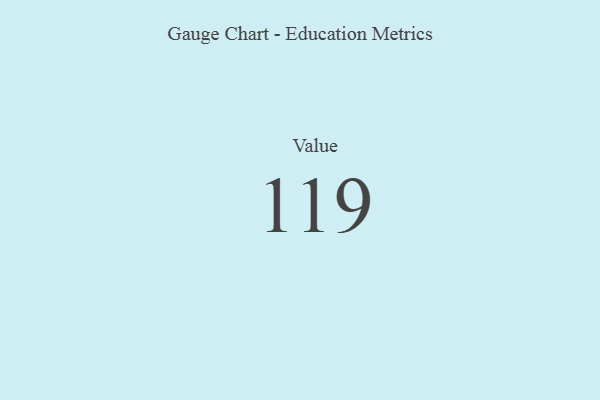
{"axis": {"x": "Metric", "y": "Value"}, "legend": [""], "data": [{"x": "Value", "y": 119, "type": ""}]}